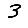
Digit: 3